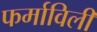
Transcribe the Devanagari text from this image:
फर्माविली